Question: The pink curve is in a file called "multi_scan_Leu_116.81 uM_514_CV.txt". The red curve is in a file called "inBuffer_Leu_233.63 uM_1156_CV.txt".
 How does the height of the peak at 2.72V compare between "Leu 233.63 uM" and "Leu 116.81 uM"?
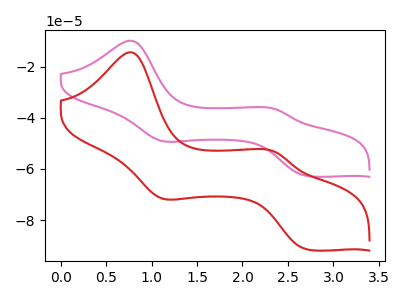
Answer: <think>The pink curve "Leu 116.81 uM" has anodic peaks at (0.75V, -9.85uA) (2.35V, -36.55uA) and cathodic peaks at (1.10V, -49.05uA) (2.70V, -62.80uA). The red curve "Leu 233.63 uM" has anodic peaks at (0.75V, -14.35uA) (2.35V, -53.25uA) and cathodic peaks at (1.10V, -71.50uA) (2.70V, -91.55uA).</think>
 <answer>The peak at 2.72V is higher in "Leu 233.63 uM" than in "Leu 116.81 uM".</answer>
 <eval>higher</eval>